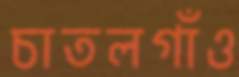
চাতলগাঁও